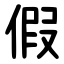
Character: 假